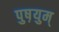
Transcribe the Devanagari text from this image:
पुष़युम्